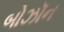
બોઝૉન